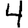
Digit: 4